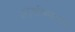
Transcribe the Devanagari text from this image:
अनुनासिकाचा